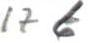
176